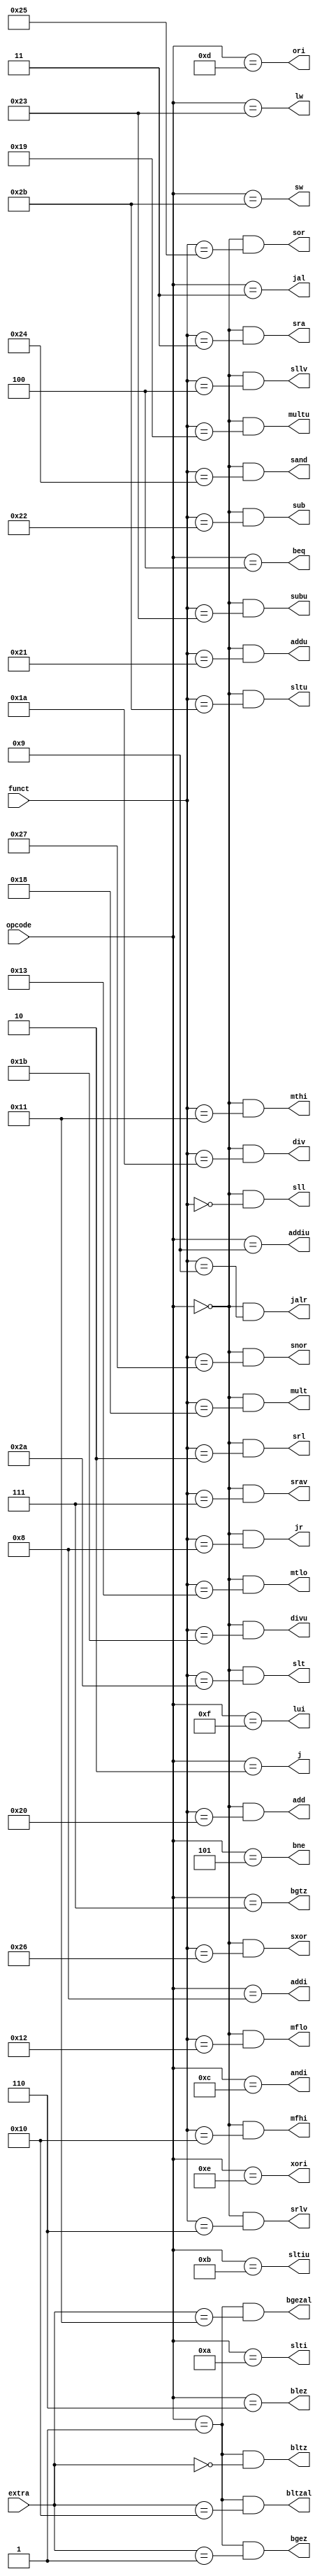
`timescale 1ns / 1ps
module CTRL_and(
	opcode, funct, extra,
	add, addi, addiu, addu, sand, andi, beq, bgez, bgezal, bgtz, blez, bltz, bltzal, bne, div, divu, j, jal, jalr, jr, lui,
	lw, mfhi, mflo, mthi, mtlo, mult, multu, snor, sor, ori, sll, sllv, slt, slti, sltiu, sltu, sra, srav, srl, srlv, sub,
	subu, sw, sxor, xori
);
input[5:0] opcode, funct;
input[4:0] extra;
output add, addi, addiu, addu, sand, andi, beq, bgez, bgezal, bgtz, blez, bltz, bltzal, bne, div, divu, j, jal, jalr, jr, lui,
	   lw, mfhi, mflo, mthi, mtlo, mult, multu, snor, sor, ori, sll, sllv, slt, slti, sltiu, sltu, sra, srav, srl, srlv, sub,
	   subu, sw, sxor, xori;
	wire special	= opcode == 6'b000000;
	wire special_b	= opcode == 6'b000001;
	// R-types
	assign add		= special && (funct == 6'b100000);
	assign addu		= special && (funct == 6'b100001);
	assign sand		= special && (funct == 6'b100100);
	assign div		= special && (funct == 6'b011010);
	assign divu		= special && (funct == 6'b011011);
	assign jalr		= special && (funct == 6'b001001);
	assign jr		= special && (funct == 6'b001000);
	assign mfhi		= special && (funct == 6'b010000);
	assign mflo		= special && (funct == 6'b010010);
	assign mthi		= special && (funct == 6'b010001);
	assign mtlo		= special && (funct == 6'b010011);
	assign mult		= special && (funct == 6'b011000);
	assign multu	= special && (funct == 6'b011001);
	assign snor		= special && (funct == 6'b100111);
	assign sor		= special && (funct == 6'b100101);
	assign sll		= special && (funct == 6'b000000);
	assign sllv		= special && (funct == 6'b000100);
	assign slt		= special && (funct == 6'b101010);
	assign sltu		= special && (funct == 6'b101011);
	assign sra		= special && (funct == 6'b000011);
	assign srav		= special && (funct == 6'b000111);
	assign srl		= special && (funct == 6'b000010);
	assign srlv		= special && (funct == 6'b000110);
	assign sub		= special && (funct == 6'b100010);
	assign subu		= special && (funct == 6'b100011);
	assign sxor		= special && (funct == 6'b100110);
	// B-types
	assign bgez		= special_b && (extra == 5'b00001);
	assign bgezal	= special_b && (extra == 5'b10001);
	assign bltz		= special_b && (extra == 5'b00000);
	assign bltzal	= special_b && (extra == 5'b10000);
	// I-types
	assign addi		= opcode == 6'b001000;
	assign addiu	= opcode == 6'b001001;
	assign andi		= opcode == 6'b001100;
	assign beq		= opcode == 6'b000100;
	assign bgtz		= opcode == 6'b000111;
	assign blez		= opcode == 6'b000110;
	assign bne		= opcode == 6'b000101;
	assign lui		= opcode == 6'b001111;
	assign lw		= opcode == 6'b100011;
	assign ori		= opcode == 6'b001101;
	assign slti		= opcode == 6'b001010;
	assign sltiu	= opcode == 6'b001011;
	assign sw		= opcode == 6'b101011;
	assign xori		= opcode == 6'b001110;
	// J-types
	assign j		= opcode == 6'b000010;
	assign jal		= opcode == 6'b000011;
endmodule